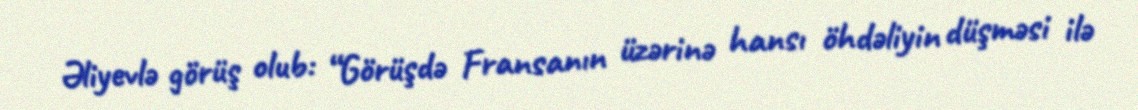
Əliyevlə görüş olub: “Görüşdə Fransanın üzərinə hansı öhdəliyin düşməsi ilə